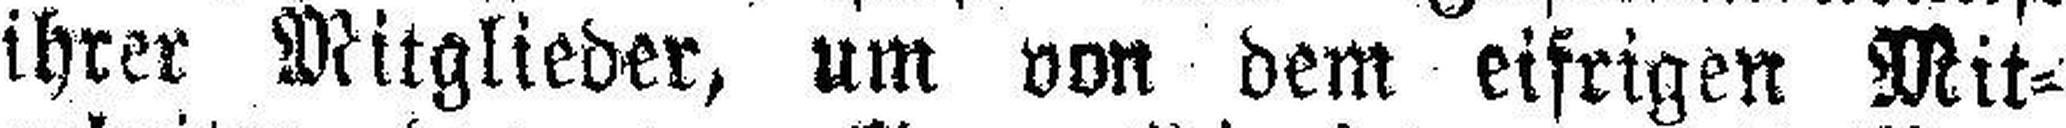
ihrer Mitglieder, um von dem eifrigen Mit¬